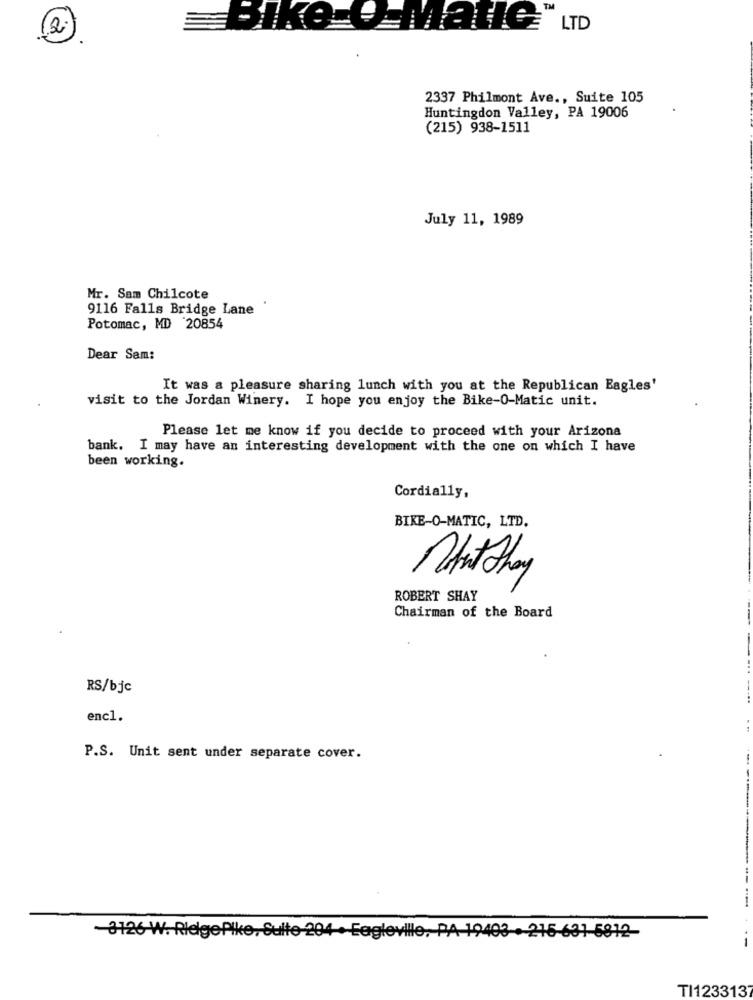
TM
2
LTD
2337 Philmont Ave ., Suite 105
Huntingdon Valley, PA 19006
(215) 938-1511
July 11, 1989
Mr. Sam Chilcote
9116 Falls Bridge Lane
Potomac, MD 20854
Dear Sam:
It was a pleasure sharing lunch with you at the Republican Eagles'
visit to the Jordan Winery. I hope you enjoy the Bike-O-Matic unit.
Please let me know if you decide to proceed with your Arizona
bank. I may have an interesting development with the one on which I have
been working.
Cordially,
BIKE-O-MATIC, LTD.
What they
ROBERT SHAY
Chairman of the Board
RS/bjc
enc1.
P.S. Unit sent under separate cover.
3126-W. RlelgePike, Suite-204 · Eagleville, PA-19403 . 216-631-5812-
TI1233137